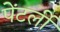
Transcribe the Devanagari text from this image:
पेंटर्ली